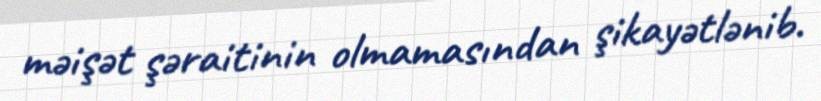
məişət şəraitinin olmamasından şikayətlənib.